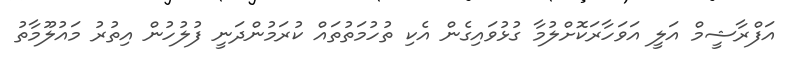
އަފްރާޝީމް އަލީ އަވަހާރަކޮށްލުމާ ގުޅުވައިގެން އެކި ތުހުމަތުތައް ކުރަމުންދަނީ ފުލުހުން އިތުރު މައުލޫމާތު